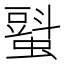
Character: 𧐵